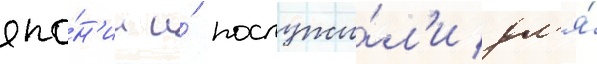
япо́н'ии и́ послужи́л'и дл'я́